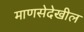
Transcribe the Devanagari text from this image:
माणसेदेखील